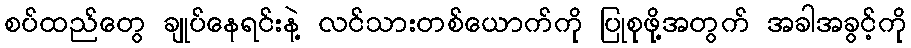
စပ်ထည်တွေ ချုပ်နေရင်းနဲ့ လင်သားတစ်ယောက်ကို ပြုစုဖို့အတွက် အခါအခွင့်ကို